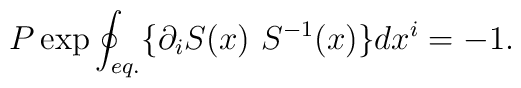
P \exp \oint_{eq.} \{ \partial_i S(x) \ S^{-1}(x) \} dx^i = -1.